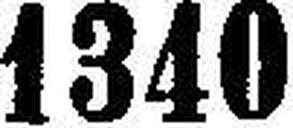
1340